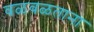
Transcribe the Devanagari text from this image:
वळवळताना